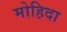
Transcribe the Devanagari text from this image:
मोहिदा